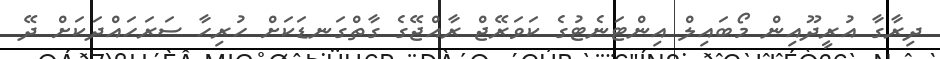
ދިރާގާ އުރީދޫއިން މޯބައިލް އިންޓަނެޓުގެ ކަވަރޭޖް ރާއްޖޭގެ ގާތްގަނޑަކަށް ހުރިހާ ސަރަހައްދަކަށް ދޭ